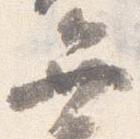
弁